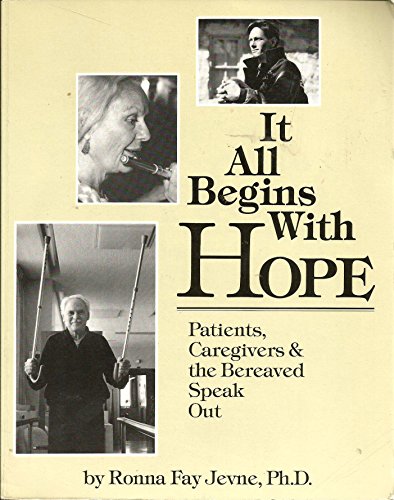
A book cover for It All Begins With Hope: Patients, Caregivers, and the Bereaved Speak Out; Ronna Fay Jevne; Health, Fitness & Dieting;